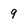
Character: 9